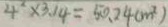
4 ^ { 2 } \times 3 . 1 4 = 5 0 . 2 4 ( m ^ { 2 } )